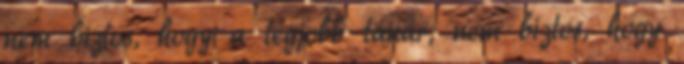
nem biztos, hogy a legjobb tanár, nem biztos, hogy